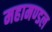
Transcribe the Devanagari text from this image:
महामण्‍डल